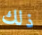
ذلك